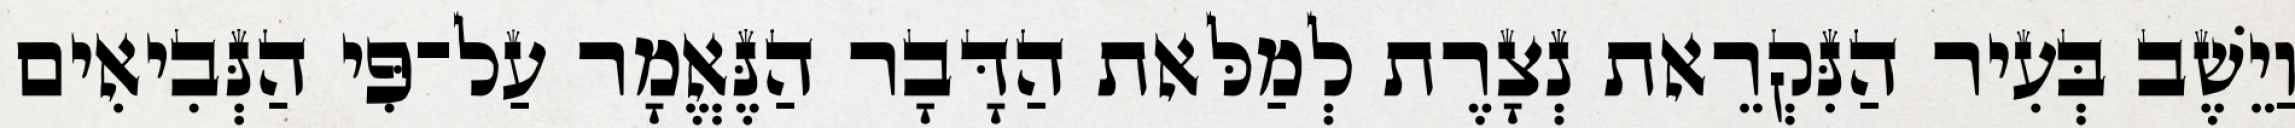
וַיֵשֶׁב בְּעִיר הַנִּקְרֵאת נְצָרֶת לְמַלּאת הַדָּבָר הַנֶּאֱמָר עַל־פִּי הַנְּבִיאִים